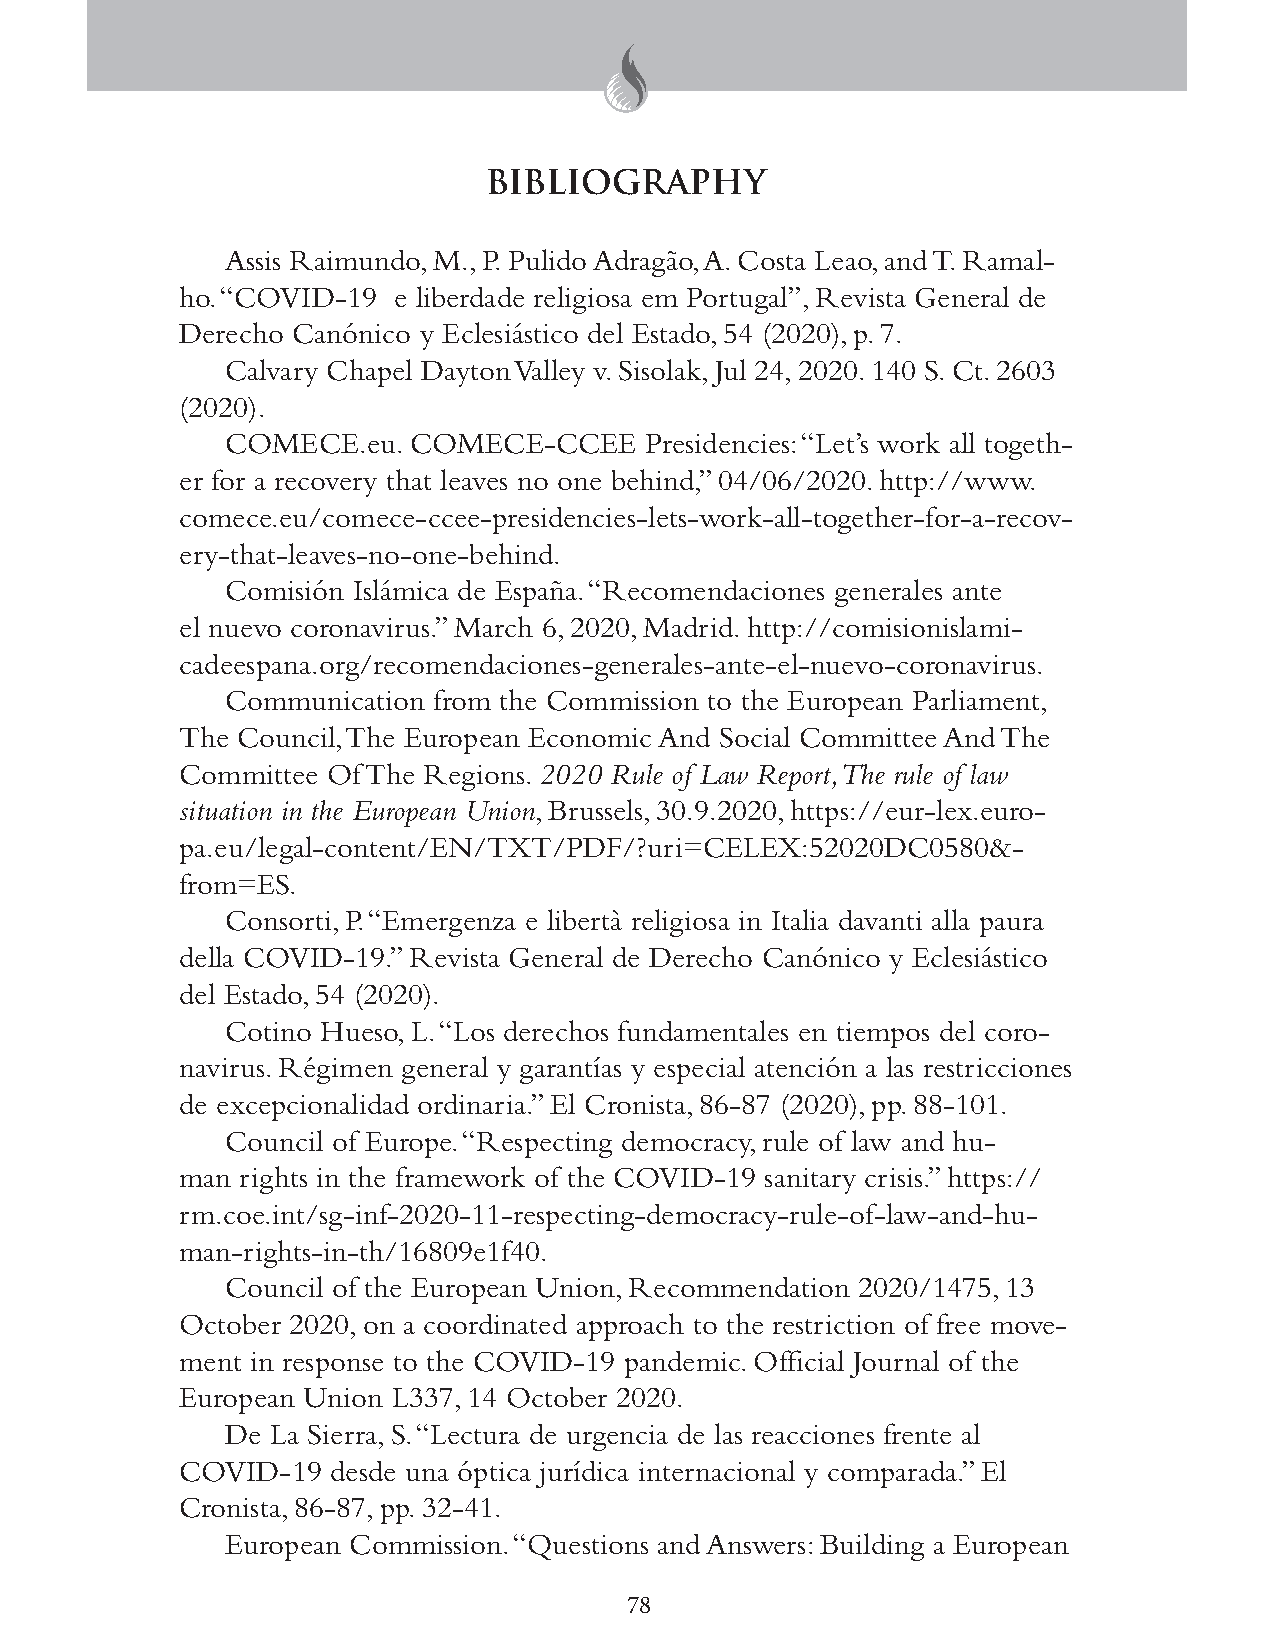
BIBLIOGRAPHY
 Assis Raimundo, M., P. Pulido Adragão, A. Costa Leao, and T. Ramal-
 ho. “COVID-19 e liberdade religiosa em Portugal”, Revista General de
 Derecho Canónico y Eclesiástico del Estado, 54 (2020), p. 7.
 Calvary Chapel Dayton Valley v. Sisolak, Jul 24, 2020. 140 S. Ct. 2603
 (2020).
 COMECE.eu.  COMECE-CCEE     Presidencies: “Let’s work all togeth-
 er for a recovery that leaves no one behind,” 04/06/2020. http://www.
 comece.eu/comece-ccee-presidencies-lets-work-all-together-for-a-recov-
 ery-that-leaves-no-one-behind.
 Comisión Islámica de España. “Recomendaciones generales ante
 el nuevo coronavirus.” March 6, 2020, Madrid. http://comisionislami-
 cadeespana.org/recomendaciones-generales-ante-el-nuevo-coronavirus.
 Communication from the Commission to the European Parliament,
 The Council, The European Economic And Social Committee And The
 Committee Of The Regions. 2020 Rule of Law Report, The rule of law
 situation in the European Union, Brussels, 30.9.2020, https://eur-lex.euro-
 pa.eu/legal-content/EN/TXT/PDF/?uri=CELEX:52020DC0580&-
 from=ES.
 Consorti, P. “Emergenza e libertà religiosa in Italia davanti alla paura
 della COVID-19.” Revista General de Derecho Canónico y Eclesiástico
 del Estado, 54 (2020).
 Cotino Hueso, L. “Los derechos fundamentales en tiempos del coro-
 navirus. Régimen general y garantías y especial atención a las restricciones
 de excepcionalidad ordinaria.” El Cronista, 86-87 (2020), pp. 88-101.
 Council of Europe. “Respecting democracy, rule of law and hu-
 man rights in the framework of the COVID-19 sanitary crisis.” https://
 rm.coe.int/sg-inf-2020-11-respecting-democracy-rule-of-law-and-hu-
 man-rights-in-th/16809e1f40.
 Council of the European Union, Recommendation 2020/1475, 13
 October 2020, on a coordinated approach to the restriction of free move-
 ment in response to the COVID-19 pandemic. Official Journal of the
 European Union L337, 14 October 2020.
 De La Sierra, S. “Lectura de urgencia de las reacciones frente al
 COVID-19  desde una óptica jurídica internacional y comparada.” El
 Cronista, 86-87, pp. 32-41.
 European Commission. “Questions and Answers: Building a European
 78